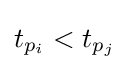
t_{p_{i}}<t_{p_{j}}